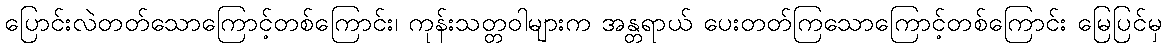
ပြောင်းလဲတတ်သောကြောင့်တစ်ကြောင်း၊ ကုန်းသတ္တဝါများက အန္တရာယ် ပေးတတ်ကြသောကြောင့်တစ်ကြောင်း မြေပြင်မှ